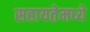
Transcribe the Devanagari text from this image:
सहायतेमध्ये